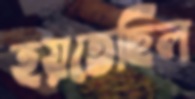
হয়তেছিল